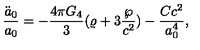
{ \frac { \ddot { a } _ { 0 } } { a _ { 0 } } } = - { \frac { 4 \pi G _ { 4 } } { 3 } } ( \varrho + 3 { \frac { \wp } { c ^ { 2 } } } ) - { \frac { C c ^ { 2 } } { a _ { 0 } ^ { 4 } } } ,